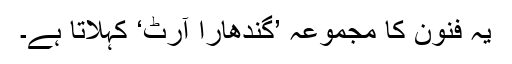
یہ فنون کا مجموعہ ’گندھارا آرٹ‘ کہلاتا ہے۔